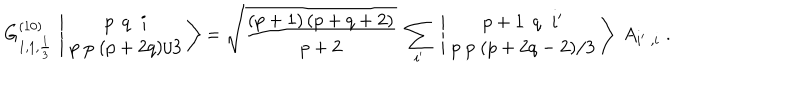
G _ { 1 , 1 , { \frac { 1 } { 3 } } } ^ { ( 1 0 ) } \, \left| \, { p \; \, q \; \; i \atop p \; p \; ( p + 2 q ) / 3 } \, \right\rangle = \sqrt { \frac { ( p + 1 ) \, ( p + q + 2 ) } { p + 2 } } \; \sum _ { i ^ { \prime } } \; \left| \, { p + 1 \; \, q \; \; i ^ { \prime } \atop p \; p \; ( p + 2 q - 2 ) / 3 } \, \right\rangle \; A _ { i ^ { \prime } \; , i } \; .